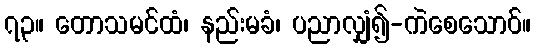
၇၃။ တောသမင်ထံ၊ နည်းမခံ၊ ပညာလျှံ၍-ကဲစေသောဝ်။